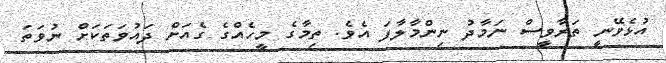
އުޅެވޭނީ ތަރާވީސް ނަމާދު ނިންމާލާފަ އެވެ. ތިމާގެ މީހެއްގެ ގެއަށް ދައުވަތަކަށް ނުވަތަ